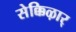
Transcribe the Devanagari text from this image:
सेक्किऴार्